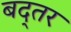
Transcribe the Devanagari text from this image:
बद्तर